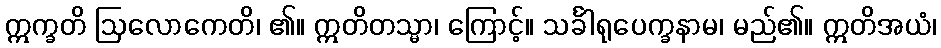
ဣက္ခတိ ဩလောကေတိ၊ ၏။ ဣတိတသ္မာ၊ ကြောင့်။ သင်္ခါရုပေက္ခနာမ၊ မည်၏။ ဣတိအယံ၊